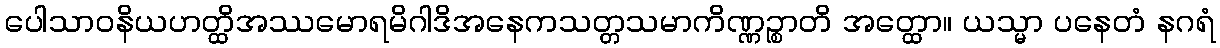
ပေါသာဝနိယဟတ္ထိအဿမောရမိဂါဒိအနေကသတ္တသမာကိဏ္ဏဉ္စာတိ အတ္ထော။ ယသ္မာ ပနေတံ နဂရံ